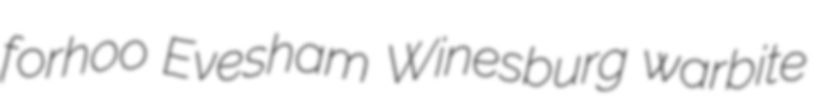
forhoo Evesham Winesburg warbite